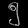
Digit: ၅